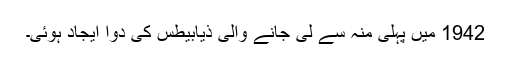
1942 میں‌ پہلی منہ سے لی جانے والی ذیابیطس کی دوا ایجاد ہوئی۔